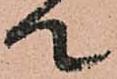
て